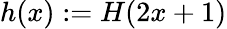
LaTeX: h(x):=H(2x+1)